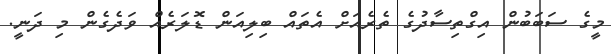
މީގެ ސަބަބުން އިގްތިސާދުގެ ތެރެއަށް އެތައް ބިލިއަން ޑޮލަރެއް ވަދެގެން މި ދަނީ.